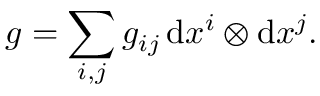
g = \sum _ { i , j } g _ { i j } \, \mathrm { d } x ^ { i } \otimes \mathrm { d } x ^ { j } .